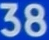
38